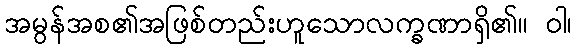
အမွန်အစ၏အဖြစ်တည်းဟူသောလက္ခဏာရှိ၏။ ဝါ၊